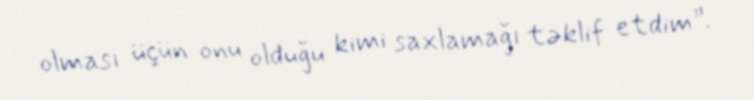
olması üçün onu olduğu kimi saxlamağı təklif etdim”.